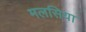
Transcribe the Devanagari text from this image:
मलसिया